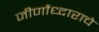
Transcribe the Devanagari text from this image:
जीर्णोध्दाराचे